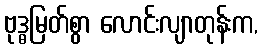
ဗုဒ္ဓမြတ်စွာ လောင်းလျာတုန်းက,